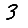
Digit: 3